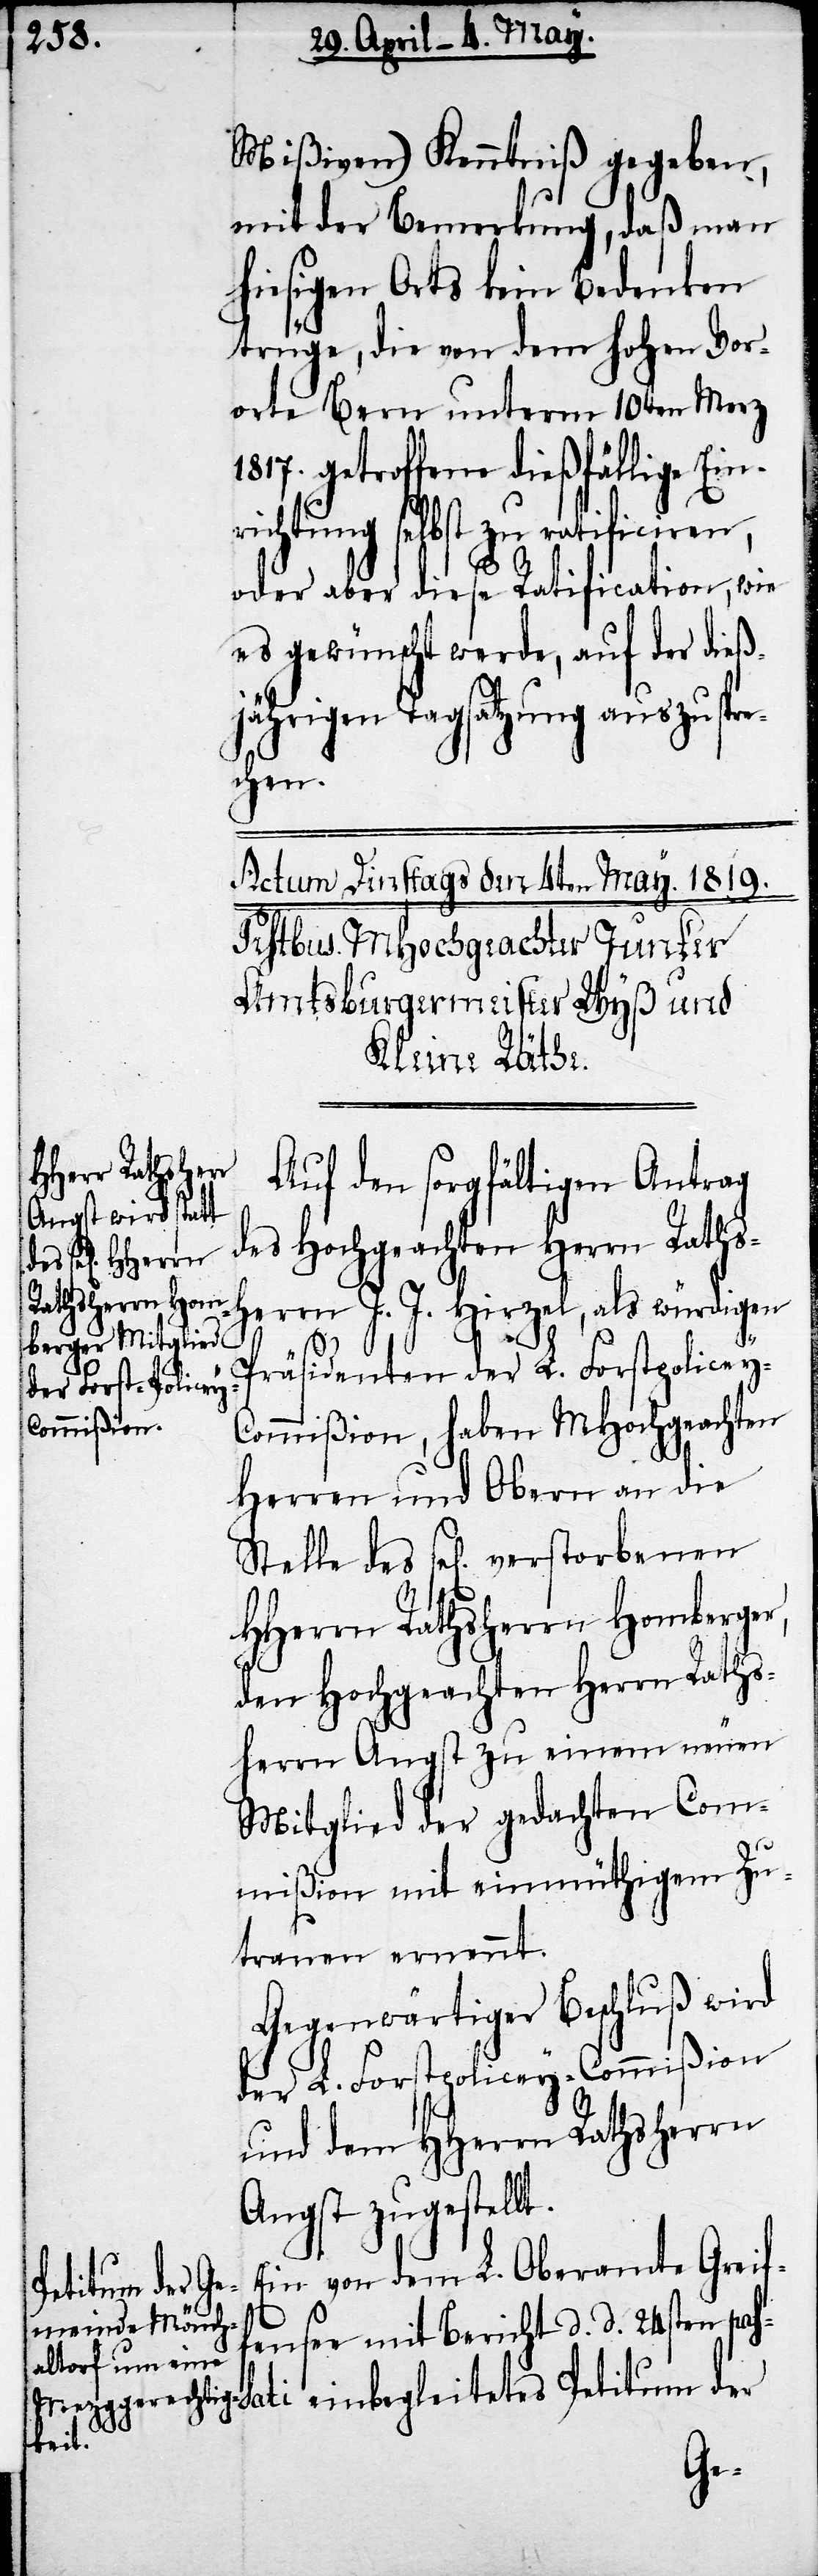
Mißiven) Kenntniß gegeben,
mit der Bemerkung, daß man
hiesigen Orts kein Bedenken
trüge, die von dem hohen Vor¬
orte Bern unterm 10ten Merz
1817. getroffene dießfällige Ein¬
richtung selbst zu ratificiren,
oder aber diese Ratification, wie
es gewünscht werde, auf der dieß¬
jährigen Tagsatzung auszuspre¬
chen.
Auf den sorgfältigen Antrag
des Hochgeachten Herrn Raths¬
herrn J. J. Hirzel, als würdigen
Prädidenten der L. Forstpolicey-C¬
ommißion, haben MHochgeachten
Herren und Obern an die
HHerrn Rathsherrn Homberger,
den Hochgeachten Herrn Raths¬
herrn Angst zu einem neuen
Mitglied der gedachten Com¬
mißion mit einmüthigem Zu¬
trauen ernennt.
Gegenwärtiger Beschluß wird
der L. Forstpolicey-Commißion
und dem HHerrn Rathsherrn
Angst zugestellt.
Ein von dem L. Oberamte Greif¬
Petitum der
fensee mit Bericht d. d. 24sten pas¬
leite¬
tes